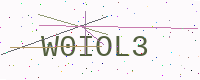
Text: W0IOL3